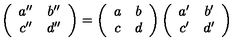
\left( \begin{array} { c c } { a ^ { \prime \prime } } & { b ^ { \prime \prime } } \\ { c ^ { \prime \prime } } & { d ^ { \prime \prime } } \\ \end{array} \right) = \left( \begin{array} { c c } { a } & { b } \\ { c } & { d } \\ \end{array} \right) \left( \begin{array} { c c } { a ^ { \prime } } & { b ^ { \prime } } \\ { c ^ { \prime } } & { d ^ { \prime } } \\ \end{array} \right)